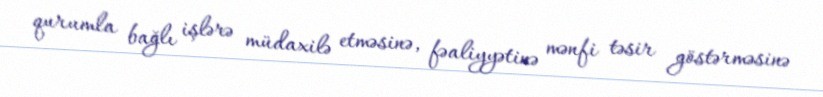
qurumla bağlı işlərə müdaxilə etməsinə, fəaliyyətinə mənfi təsir göstərməsinə